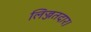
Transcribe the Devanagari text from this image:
लिज्जतदार।